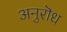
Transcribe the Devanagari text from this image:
अनुरॊध